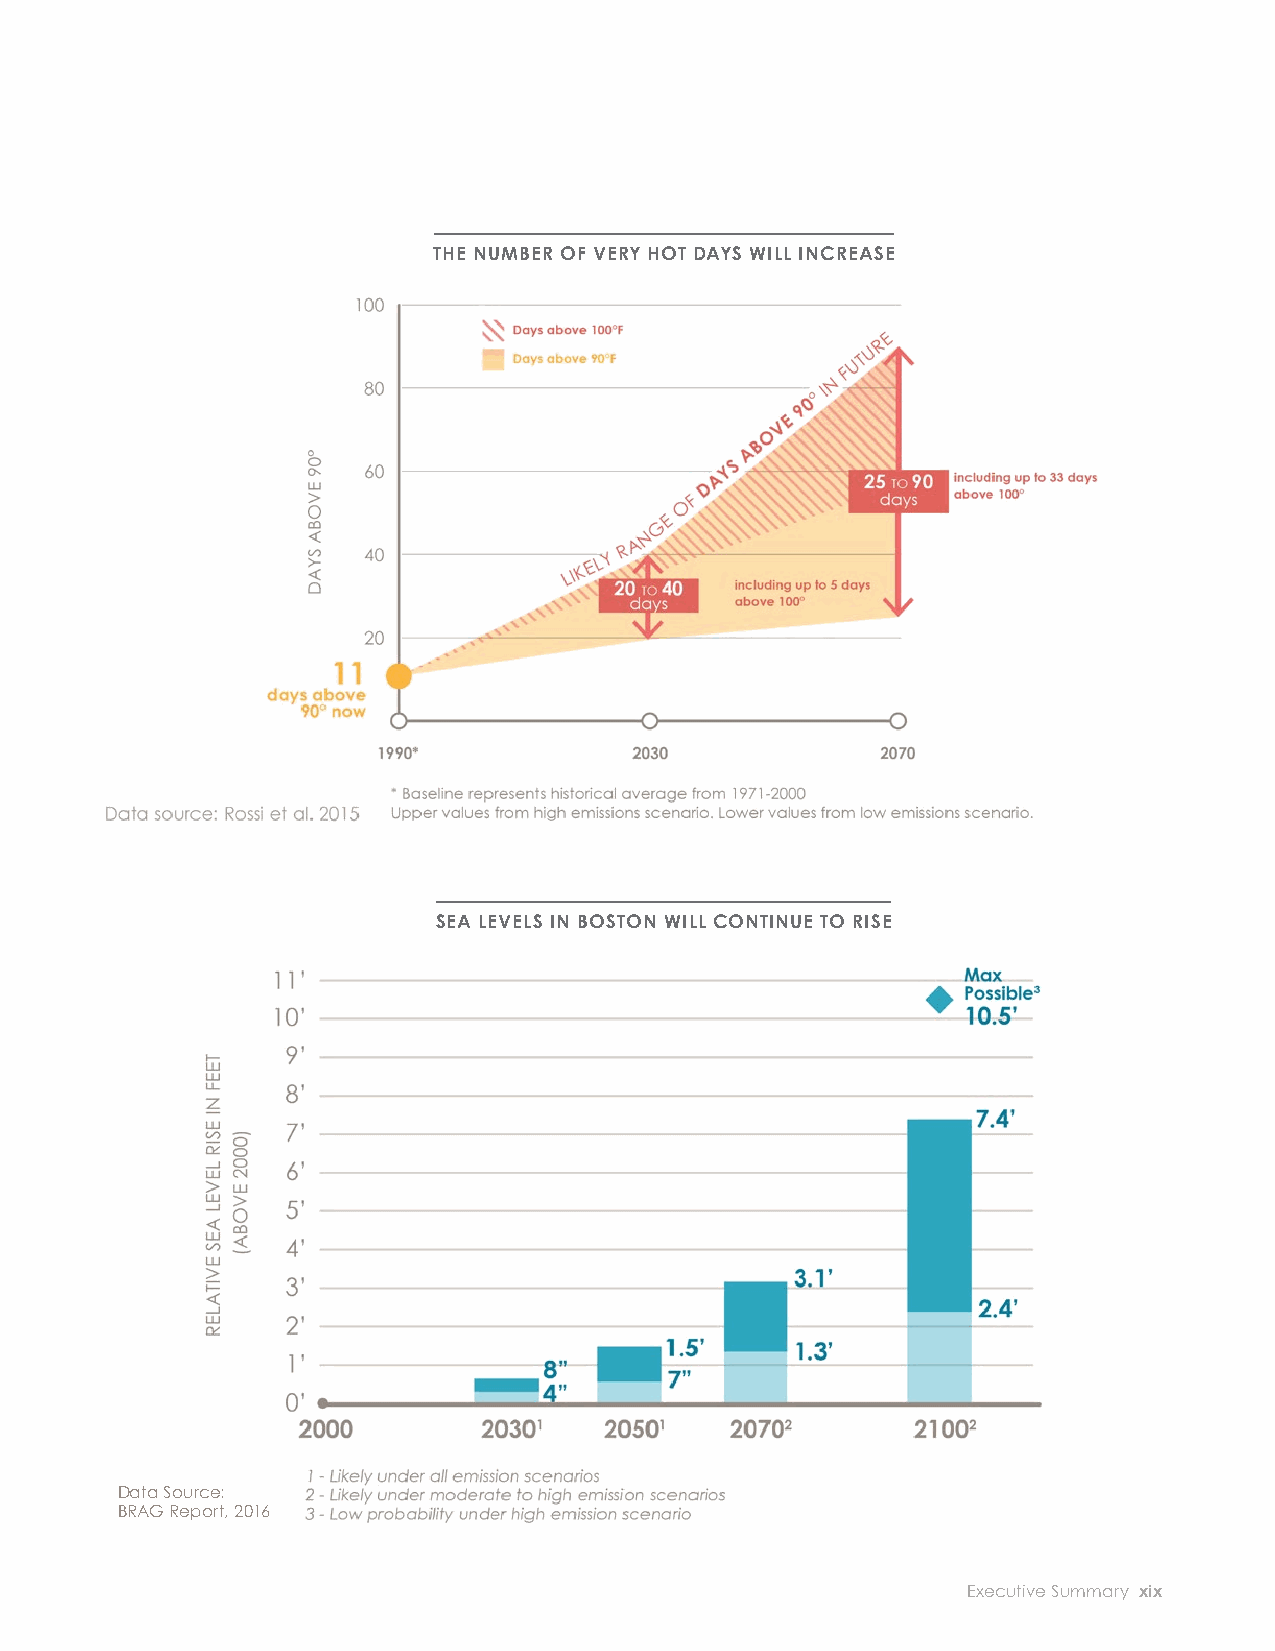
EXTREME TEMPERATURES steel, and other building materials retain more THE NUMBER OF VERY HOT DAYS WILL INCREASE
 heat than vegetation. This phenomenon, known as
 Average temperatures in the Northeast have been
 the “urban heat island eff ect,” is compounded by
 slowly rising for over a century. Temperatures in
 climate change.
 the northeastern United States increased by almost
 two degrees Fahrenheit between 1895 and 2011. Future temperatures in Boston will depend on
 how much we are able to cut our greenhouse gas
 The rate of increase in average temperatures
 emissions. The rise in temperatures between now
 is accelerating, and Boston’s average summer
 and 2030 is largely consistent between all emission
 temperatures and number of days with extreme
 scenarios. However, the scenarios show that
 heat will increase. Heat waves will become
 cutt ing emissions now can greatly slow the rise in
 more common, last longer, and be hott er. While
 temperatures in the second half of the century.
 the average summer temperature in Boston from
 1981 to 2010 was 69 degrees, it may be as high SEA LEVEL RISE
 as 76 degrees by 2050 and 84 degrees by 2100. In
 The pace of relative sea level rise is accelerating.
 other words, by 2050 Boston’s summers may be
 Over the entire twentieth century, sea levels rose
 as hot as Washington, DC’s, summers are today,
 about nine inches relative to land. Another eight
 and by the end of the century, they may be hott er
 inches of relative sea level rise may happen by 2030,
 than Birmingham, AL are today. Compared to the
 almost three times faster. By 2050, sea levels may be
 period from 1971 to 2000, when there were 11 days
 as much as 1.5 feet higher than they were in 2000,
 per year over 90 degrees, there may be as many
 and by 2070, they may be as much as 3 feet higher
 as 40 by 2030 and 90 by 2070—nearly the entire SEA LEVELS IN BOSTON WILL CONTINUE TO RISE
 than in 2000. This is driven by a combination of
 summer. Heat waves—extended periods of
 the melting of land ice, the expansion of water as
 extreme heat—are a leading cause of weather-
 it warms, and changes in the amounts of water
 related mortality in the United States.
 extracted from below ground or stored behind
 Although winters will be warmer, the risk of dams.
 frost and freeze damage and cold snaps will
 A major reduction in global greenhouse gas
 continue. While from 1981 to 2010, Boston reached
 emissions can have a tremendous impact on
 below freezing almost one out of three days per
 the future of Boston Harbor. While sea level rise
 year, by the end of the century, this may happen
 projections for 2030 are about the same across
 only around one in ten days.
 all emission scenarios, in later years there are
 As an urban area, Boston tends to be hott er big diff erences between scenarios. With a sharp
 than surrounding communities that are more reduction in global emissions, end-of-century
 suburban or rural. Urban areas generally tend to sea level rise could stay under two feet, but a
 be hott er than nearby rural areas because concrete, continuation of business as usual may result in over
 seven feet of sea level rise.
 Data Source:
 BRAG Report, 2016
 xviii City of Boston: Climate Ready Boston                      Executive Summary xix